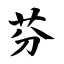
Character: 芬